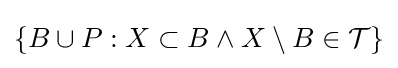
\{B\cup P:X\subset B\land X\setminus B\in {\mathcal {T}}\}